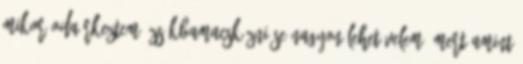
mikor odaérkeztem. Zsákbamacskázni se nagyon lehet velem, mert amint